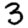
Digit: 3